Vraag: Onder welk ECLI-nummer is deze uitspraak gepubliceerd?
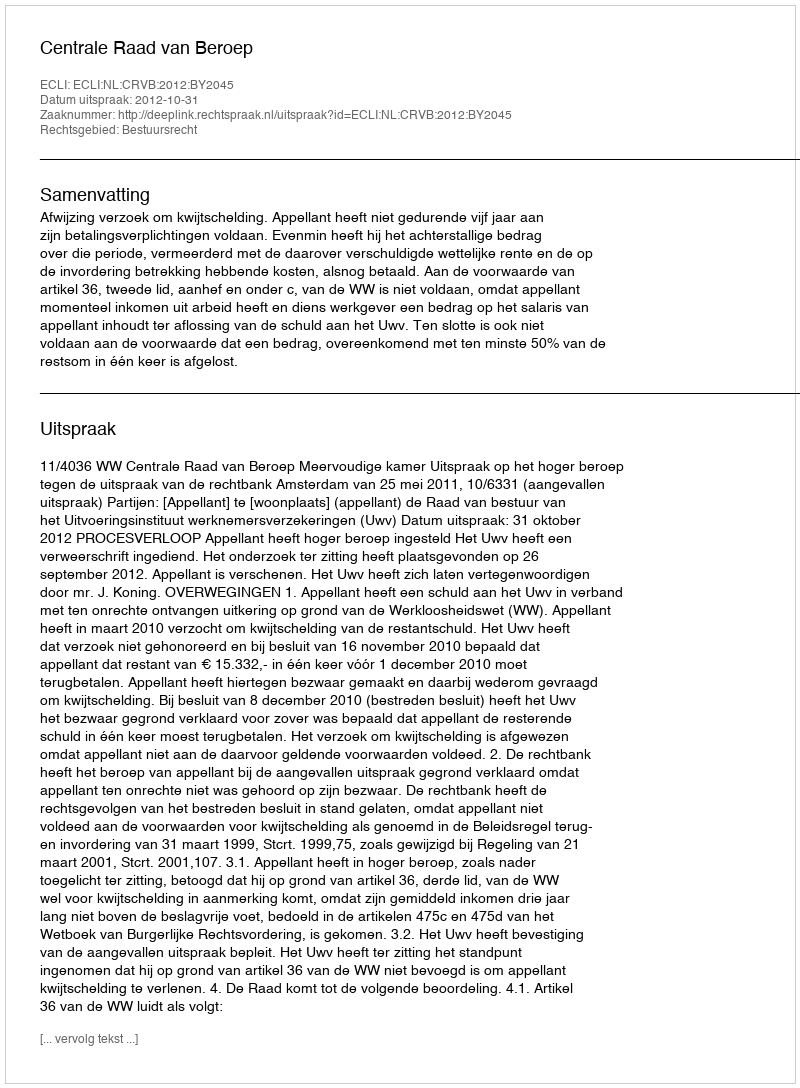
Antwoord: ECLI:NL:CRVB:2012:BY2045